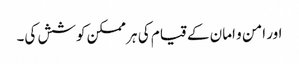
اور امن و امان کے قیام کی ہر ممکن کوشش کی۔